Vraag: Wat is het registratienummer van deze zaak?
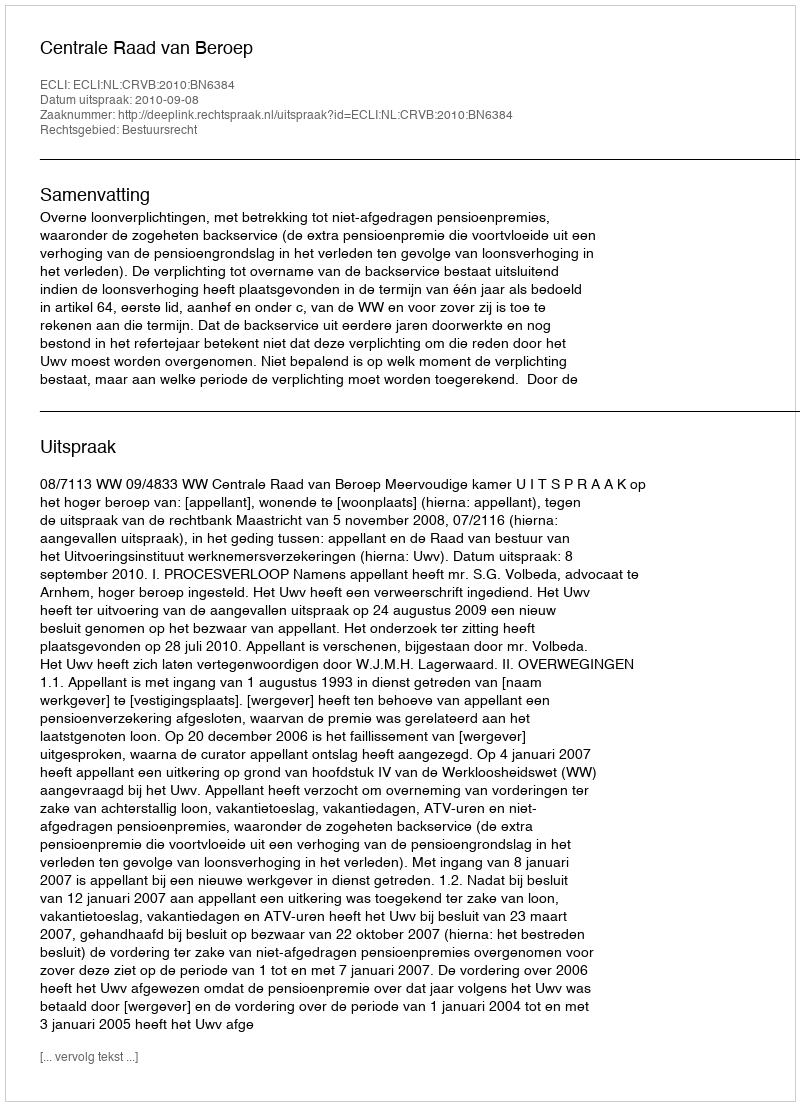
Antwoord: http://deeplink.rechtspraak.nl/uitspraak?id=ECLI:NL:CRVB:2010:BN6384